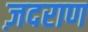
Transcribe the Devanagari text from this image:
ज़दराण